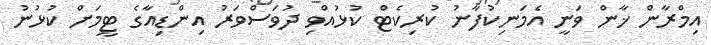
އިމްރާން ޚާން ވަނީ އެމަނިކުފާނު ކުރިކެޓް ކުޅުއްވި ދުވަސްވަރު އިންޑިއާގެ ޓީމަށް ކުޅުނު